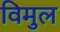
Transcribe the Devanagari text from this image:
विमुल